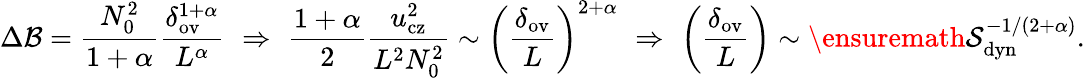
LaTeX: \Delta\mathcal{B}=\frac{{N_{0}^{2}}}{{1+\alpha}}\frac{{\delta_{\mathrm{{ov}}}^{1+\alpha}}}{{L^{\alpha}}}\, \, \Rightarrow\, \, \frac{{1+\alpha}}{{2}}\frac{{u_{\mathrm{{cz}}}^{2}}}{{L^{2}N_{0}^{2}}}\sim\left(\frac{{\delta_{\mathrm{{ov}}}}}{{L}}\right)^{2+\alpha}\, \, \Rightarrow\, \, \left(\frac{{\delta_{\mathrm{{ov}}}}}{{L}}\right)\sim\ensuremath{{\mathcal{{S}}}}_{\mathrm{{dyn}}}^{-1/(2+\alpha)}.